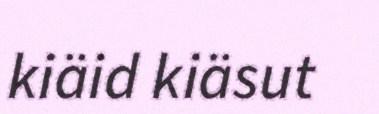
kiäid kiäsut